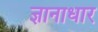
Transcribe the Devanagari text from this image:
ज्ञानाधार